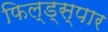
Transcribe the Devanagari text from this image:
फिल्ड्स्पार